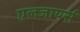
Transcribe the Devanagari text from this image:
एलजायर्स